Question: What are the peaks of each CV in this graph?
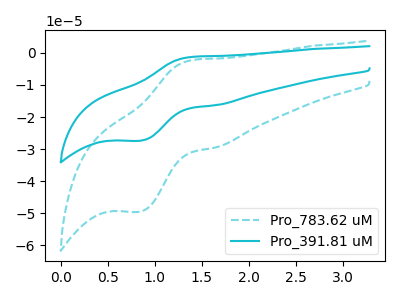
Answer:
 <answer>The cyan dashed curve "Pro_783.62 uM" has an anodic peak at (1.40V, -2.25uA) and a cathodic peak at (0.85V, -49.55uA). The cyan curve "Pro_391.81 uM" has an anodic peak at (1.40V, -1.25uA) and a cathodic peak at (0.85V, -27.45uA).</answer>
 <eval></eval>